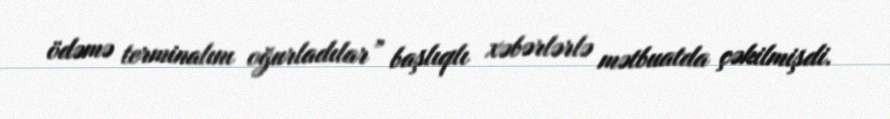
ödəmə terminalını oğurladılar” başlıqlı xəbərlərlə mətbuatda çəkilmişdi.